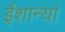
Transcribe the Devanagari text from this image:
ईशान्यां